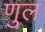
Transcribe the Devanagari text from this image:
णुल